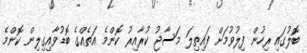
ބޮލުގައި ރިހުން ފިލުވުމަށް ފައިތިލަ މަސާޖު ކުރާއިރު ކޮންމެ އަތެއްގެ ބޮޑުވާއިގިލިން ކޮންމެ